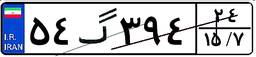
۷۰گ۴۸۳۶۱